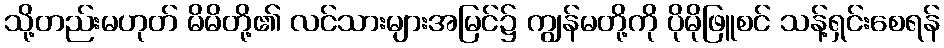
သို့တည်းမဟုတ် မိမိတို့၏ လင်သားများအမြင်၌ ကျွန်မတို့ကို ပိုမိုဖြူစင် သန့်ရှင်းစေရန်